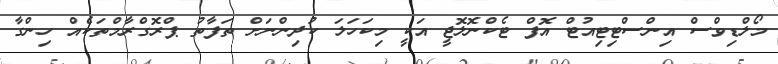
މޯލްޑިވްސް އިންސްޓިޓިއުޓް އޮފް ޓެކްނޮލޮޖީ އަކީ މިކަހަލަ ކުދިންނަށް ތަފާތު ޕްރޮގްރާމްތަކެއް ހިންގާ